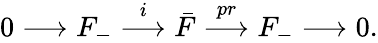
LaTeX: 0\longrightarrow F_{-}\stackrel{i}{\longrightarrow}\bar{F}\stackrel{pr}{\longrightarrow}F_{-}\longrightarrow 0.